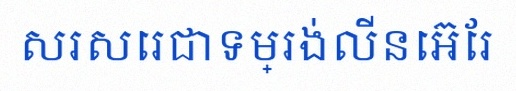
សរសេរជាទម្រង់លីនេអ៊ែរ